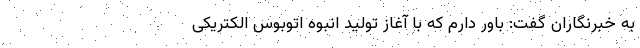
به خبرنگاران گفت: باور دارم که با آغاز تولید انبوه اتوبوس الکتریکی